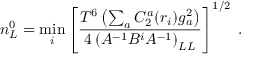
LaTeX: n _ { L } ^ { 0 } = \operatorname * { m i n } _ { i } \left[ { \frac { T ^ { 6 } \left( \sum _ { a } C _ { 2 } ^ { a } ( r _ { i } ) g _ { a } ^ { 2 } \right) } { 4 \left( { \cal A } ^ { - 1 } { \cal B } ^ { i } { \cal A } ^ { - 1 } \right) _ { L L } } } \right] ^ { 1 / 2 } \; .